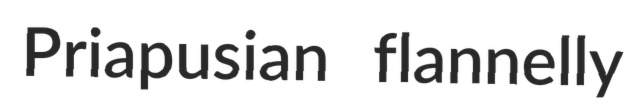
Priapusian flannelly